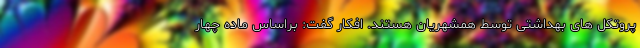
پروتکل های بهداشتی توسط همشهریان هستند. افکار گفت: براساس ماده چهار